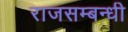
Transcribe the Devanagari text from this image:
राजसम्बन्धी